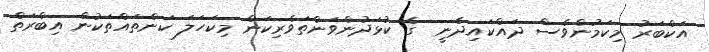
އަކްބަރު މިކަމުންވެސް ދައްކައިދެނީ  ގެ ކުޅަދުންވަންތަވެރިކަން މިކަހަލަ ކަންތައްތަކުން އިބްރަތް